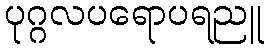
ပုဂ္ဂလပရောပရညူ